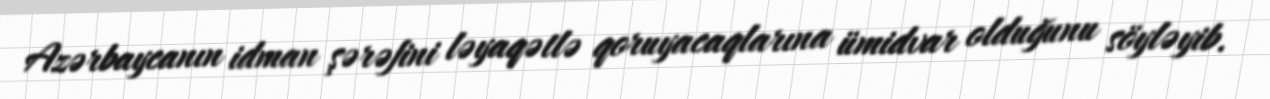
Azərbaycanın idman şərəfini ləyaqətlə qoruyacaqlarına ümidvar olduğunu söyləyib.